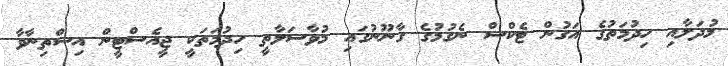
މުދަލާއި ހިދުމަތުގެ އަގުން ޓެކްސް ނެގުމުގެ ގާނޫނުގައި މުވާސަލާތީ ހިދުމަތަކީ ޖީއެސްޓީން އިސްތިނާވާ